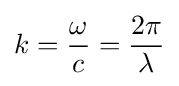
k={\omega  \over c}={2\pi  \over \lambda }